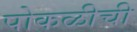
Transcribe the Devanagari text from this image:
पोकळीची